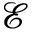
\mathcal { E }